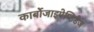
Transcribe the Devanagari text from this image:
कार्बोजाइपेप्टिडेज